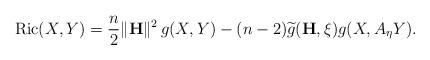
LaTeX: \begin{align*}\mathrm{Ric}(X, Y)=\frac{n}{2}\| \mathbf{H}\|^{2}\,g(X,Y)- (n-2) \widetilde{g}(\mathbf{H}, \xi) g(X, A_{\eta}Y).\end{align*}